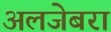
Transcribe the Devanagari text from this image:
अलजेबरा